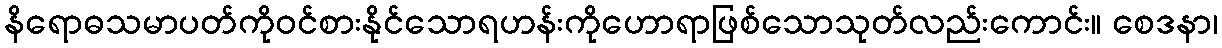
နိရောဓသမာပတ်ကိုဝင်စားနိုင်သောရဟန်းကိုဟောရာဖြစ်သောသုတ်လည်းကောင်း။ စေဒနာ၊